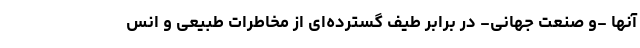
آنها -و صنعت جهانی- در برابر طیف گسترده‌ای از مخاطرات طبیعی و انس